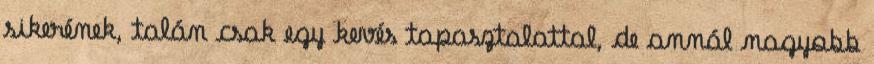
sikerének, talán csak egy kevés tapasztalattal, de annál nagyobb